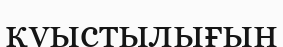
қуыстылығын